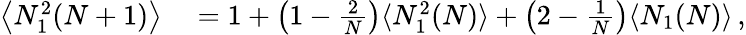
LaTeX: \begin{array}{rl}{\left\langle N_{1}^{2}(N+1)\right\rangle}&{{}=1+\left(1-\frac{2}{N}\right)\langle N_{1}^{2}(N)\rangle+\left(2-\frac{1}{N}\right)\langle N_{1}(N)\rangle\, ,}\end{array}